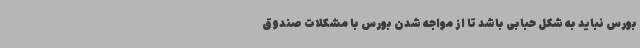
بورس نباید به شکل حبابی باشد تا از مواجه شدن بورس با مشکلات صندوق